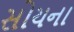
સોયના